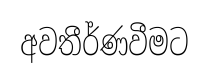
අවතීර්ණවීමට